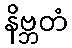
နိဗ္ဘတံ